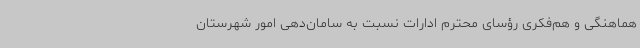
هماهنگی و هم‌فکری رؤسای محترم ادارات نسبت به سامان‌دهی امور شهرستان